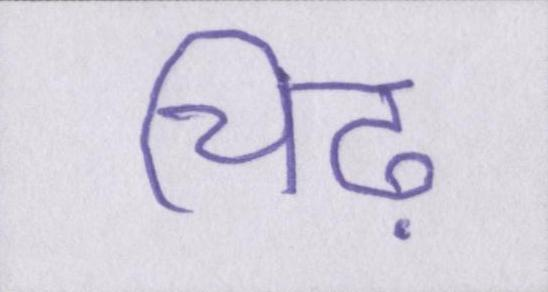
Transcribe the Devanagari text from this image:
चिढ़